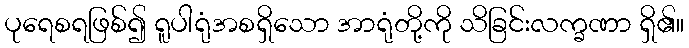
ပုရေစရဖြစ်၍ ရူပါရုံအစရှိသော အာရုံတို့ကို သိခြင်းလက္ခဏာ ရှိ၏။